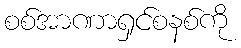
စစ်အာဏာရှင်စနစ်ကို